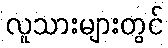
လူသားများတွင်